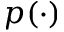
p ( \cdot )